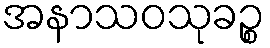
အနာသဝသုခဉ္စ